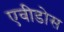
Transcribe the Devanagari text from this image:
एवीडोस